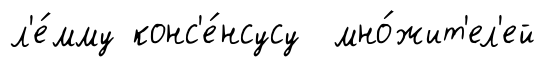
л'е́мму конс'е́нсусу мно́жит'ел'ей